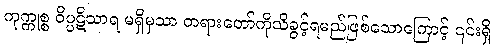
ကုက္ကုစ္စ ဝိပ္ပဋိသာရ မရှိမှသာ တရားတော်ကိုသိခွင့်ရမည်ဖြစ်သောကြောင့် ၎င်းရှိ